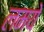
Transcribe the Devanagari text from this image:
लमये